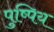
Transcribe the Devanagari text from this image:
पुष्पिय